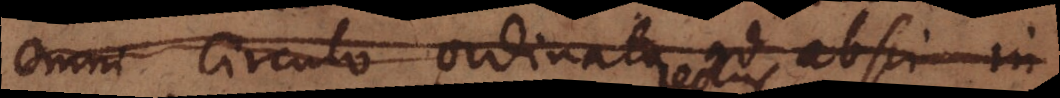
omni circulo ordinata ad absci uno